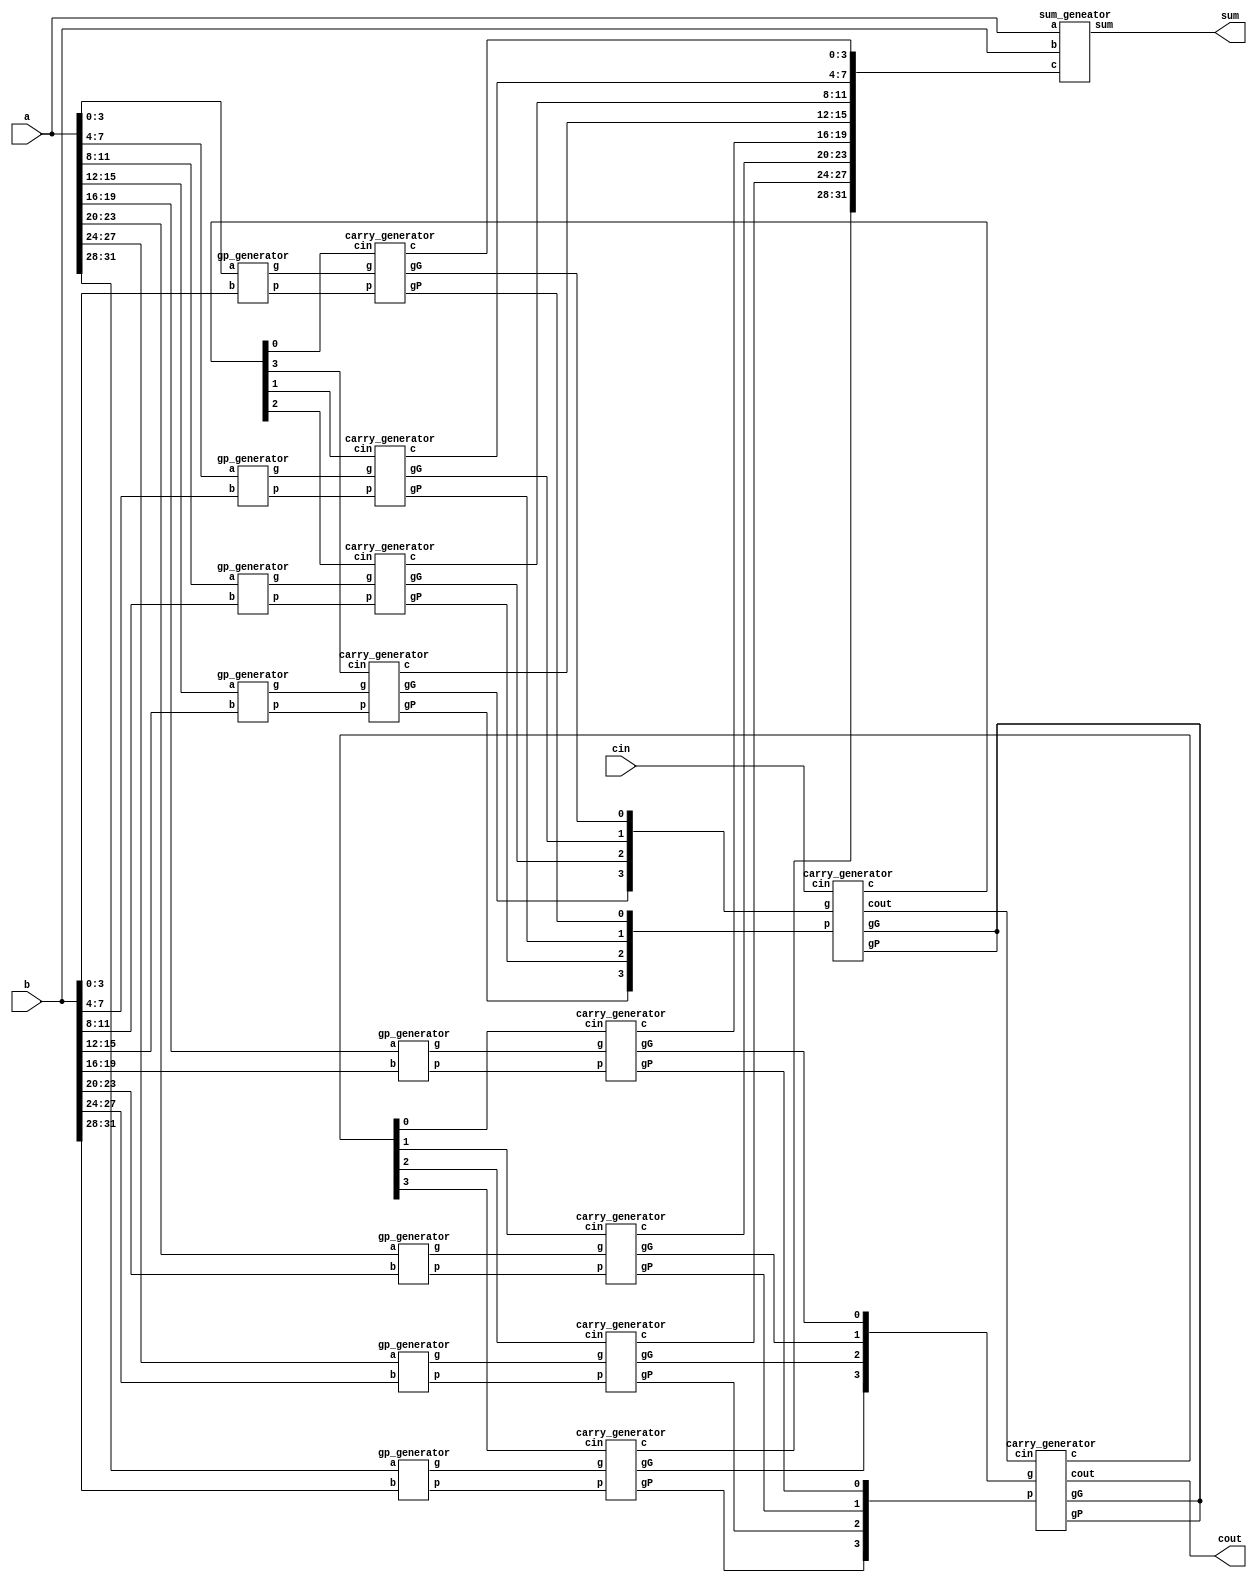
`timescale 1ns/1ps
module CLA_64bit(a,b,cin,sum,cout);
    input [31:0] a,b;
    input cin;
    output [31:0] sum;
    output cout;
    
    //---Write down your design here---//

	wire [31:0] g,p,c;
	wire [15:0]c4_c64,gG,gP;
	wire [2:0]c_temp;
	
	//generate g & p
    gp_generator gp_geneator1(a[3:0]  ,b[3:0]  ,g[3:0]  ,p[3:0]); 
    gp_generator gp_geneator2(a[7:4]  ,b[7:4]  ,g[7:4]  ,p[7:4]);
	gp_generator gp_geneator3(a[11:8] ,b[11:8] ,g[11:8] ,p[11:8]);
	gp_generator gp_geneator4(a[15:12],b[15:12],g[15:12],p[15:12]);
	gp_generator gp_geneator5(a[19:16],b[19:16],g[19:16],p[19:16]);
	gp_generator gp_geneator6(a[23:20],b[23:20],g[23:20],p[23:20]);
	gp_generator gp_geneator7(a[27:24],b[27:24],g[27:24],p[27:24]);
	gp_generator gp_geneator8(a[31:28],b[31:28],g[31:28],p[31:28]);
	
	// has bug
    //generate c0,c4,c8,c12,
    carry_generator carry_geneator_c0(g[3:0]   ,p[3:0]   ,c4_c64[0]  ,c[3:0]   ,gG[0],gP[0],);
	carry_generator carry_geneator_c4(g[7:4]   ,p[7:4]   ,c4_c64[1]  ,c[7:4]   ,gG[1],gP[1],);
	carry_generator carry_geneator_c8(g[11:8]  ,p[11:8]  ,c4_c64[2]  ,c[11:8]  ,gG[2],gP[2],);
	carry_generator carry_geneator_c12(g[15:12],p[15:12] ,c4_c64[3]  ,c[15:12] ,gG[3],gP[3],);
    
	//c16,c20,c24,c28
	carry_generator carry_geneator_c16(g[19:16],p[19:16] ,c4_c64[4],c[19:16] ,gG[4],gP[4],);
	carry_generator carry_geneator_c20(g[23:20],p[23:20] ,c4_c64[5],c[23:20] ,gG[5],gP[5],);
	carry_generator carry_geneator_c24(g[27:24],p[27:24] ,c4_c64[6],c[27:24] ,gG[6],gP[6],);
	carry_generator carry_geneator_c28(g[31:28],p[31:28] ,c4_c64[7],c[31:28] ,gG[7],gP[7],);
	
	
	
	//generate c16,c32,c48,c64
	carry_generator carry_geneator_merge_c16(gG[3:0]   ,gP[3:0]   ,cin  ,c4_c64[3:0]  ,,,c_temp[0]);
	carry_generator carry_geneator_merge_c32(gG[7:4]   ,gP[7:4]   ,c_temp[0],c4_c64[7:4]  ,,,cout);
	
	
    //generate sum
    sum_geneator geneate_sum(a[31:0],b[31:0],c[31:0],sum[31:0]);  
	
    //---------------------------------//

endmodule


module gp_generator(a,b,g,p);

    input [3:0] a,b;
    output [3:0] g,p;
    
    // g = a x b && p = a + b
    assign g = a & b;
    assign p = a | b;

endmodule





module carry_generator(g,p,cin,c,gG,gP,cout);

    input [3:0] g,p;
    input cin;
    output gG,gP;
    output [3:0] c;
    output cout;

    //create gG and gP
    assign gG = g[3] | (p[3] & g[2]) | (p[3] & p[2] & g[1]) | (p[3] & p[2] & p[1] & g[0]);
	assign gP = p[3] & p[2] & p[1] & p[0];
	
    assign c[0] = cin;
    //create carrys
    assign c[1] = g[0] | (p[0] & cin);
    assign c[2] = g[1] | (p[1] & g[0]) | (p[1] & p[0] & cin);
    assign c[3] = g[2] | (p[2] & g[1]) | (p[2] & p[1] & g[0]) | (p[2] & p[1] & p[0] & cin);

    //cout
    assign cout = g[3] | (p[3] & g[2]) | (p[3] & p[2] & g[1]) | (p[3] & p[2] & p[1] & g[0]) | (p[3] & p[2] & p[1] & p[0] & cin);

endmodule






module sum_geneator(a,b,c,sum);

    input [31:0] a,b;
    input [31:0] c;
    output [31:0] sum;

    //sum = a ^ b ^ c;
    assign sum = a ^ b ^ c;

endmodule